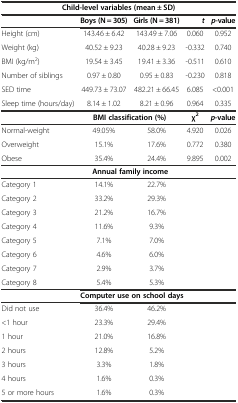
|  | <COLSPAN=2> Child-level variables (mean ± SD) |  |  |
 | --- | --- | --- | --- | --- |
 |  | Boys (N = 305) | Girls (N = 381) | t | p-value |
 | Height (cm) | 143.46 ± 6.42 | 143.49 ± 7.06 | 0.060 | 0.952 |
 | Weight (kg) | 40.52 ± 9.23 | 40.28 ± 9.23 | -0.332 | 0.740 |
 | BMI (kg/m2) | 19.54 ± 3.45 | 19.41 ± 3.36 | -0.511 | 0.610 |
 | Number of siblings | 0.97 ± 0.80 | 0.95 ± 0.83 | -0.230 | 0.818 |
 | SED time | 449.73 ± 73.07 | 482.21 ± 66.45 | 6.085 | <0.001 |
 | Sleep time (hours/day) | 8.14 ± 1.02 | 8.21 ± 0.96 | 0.964 | 0.335 |
 |  | <COLSPAN=2> BMI classification (%) | χ2 | p-value |
 | Normal-weight | 49.05% | 58.0% | 4.920 | 0.026 |
 | Overweight | 15.1% | 17.6% | 0.772 | 0.380 |
 | Obese | 35.4% | 24.4% | 9.895 | 0.002 |
 |  | <COLSPAN=2> Annual family income |  |  |
 | Category 1 | 14.1% | 22.7% |  |  |
 | Category 2 | 33.2% | 29.3% |  |  |
 | Category 3 | 21.2% | 16.7% |  |  |
 | Category 4 | 11.6% | 9.3% |  |  |
 | Category 5 | 7.1% | 7.0% |  |  |
 | Category 6 | 4.6% | 6.0% |  |  |
 | Category 7 | 2.9% | 3.7% |  |  |
 | Category 8 | 5.4% | 5.3% |  |  |
 |  | <COLSPAN=2> Computer use on school days |  |  |
 | Did not use | 36.4% | 46.2% |  |  |
 | <1 hour | 23.3% | 29.4% |  |  |
 | 1 hour | 21.0% | 16.8% |  |  |
 | 2 hours | 12.8% | 5.2% |  |  |
 | 3 hours | 3.3% | 1.8% |  |  |
 | 4 hours | 1.6% | 0.3% |  |  |
 | 5 or more hours | 1.6% | 0.3% |  |  |